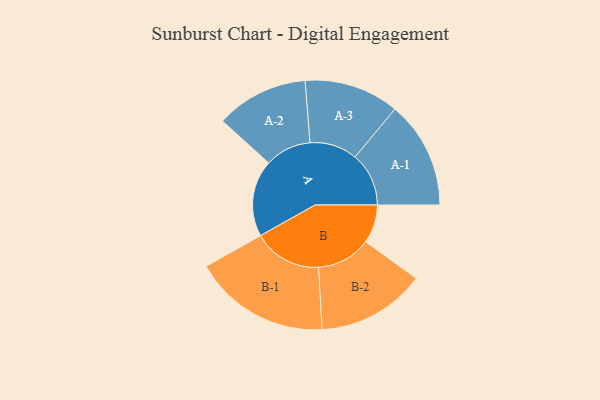
{"axis": {"x": "Segment", "y": "Value"}, "legend": ["", "A", "B"], "data": [{"x": "A", "y": 245, "type": ""}, {"x": "B", "y": 123, "type": ""}, {"x": "A-1", "y": 172, "type": "A"}, {"x": "A-2", "y": 148, "type": "A"}, {"x": "A-3", "y": 152, "type": "A"}, {"x": "B-1", "y": 219, "type": "B"}, {"x": "B-2", "y": 174, "type": "B"}]}